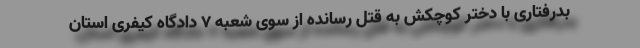
بدرفتاری با دختر کوچکش به قتل رسانده از سوی شعبه ۷ دادگاه کیفری استان